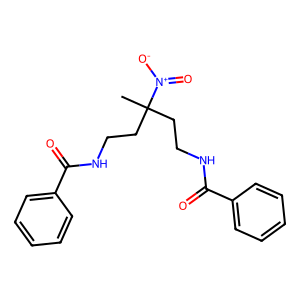
SMILES: CC(CCNC(=O)c1ccccc1)(CCNC(=O)c1ccccc1)[N+](=O)[O-]
Inhibits HIV replication: No